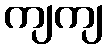
ကျကျ